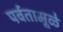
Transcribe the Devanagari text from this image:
पर्वतामूळे